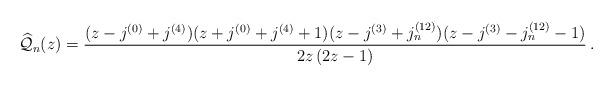
LaTeX: \begin{align*}{\widehat{\mathcal{Q}}_n}(z) = \frac{(z-j^{(0)}+j^{(4)})(z+j^{(0)}+j^{(4)}+1)(z-j^{(3)}+j_n^{(12)})(z-j^{(3)}-j_n^{(12)}-1)}{2z\,(2z-1)}\,.\end{align*}